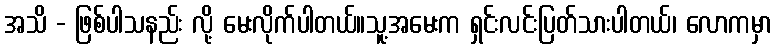
အသိ - ဖြစ်ပါသနည်း လို့ မေးလိုက်ပါတယ်။သူ့အမေးက ရှင်းလင်းပြတ်သားပါတယ်၊ လောကမှာ